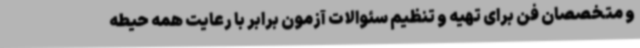
و متخصصان فن برای تهیه و تنظیم سئوالات آزمون برابر با رعایت همه حیطه